Report on vaccination in the Province of Bengal - 1874-1889
Year: 1874
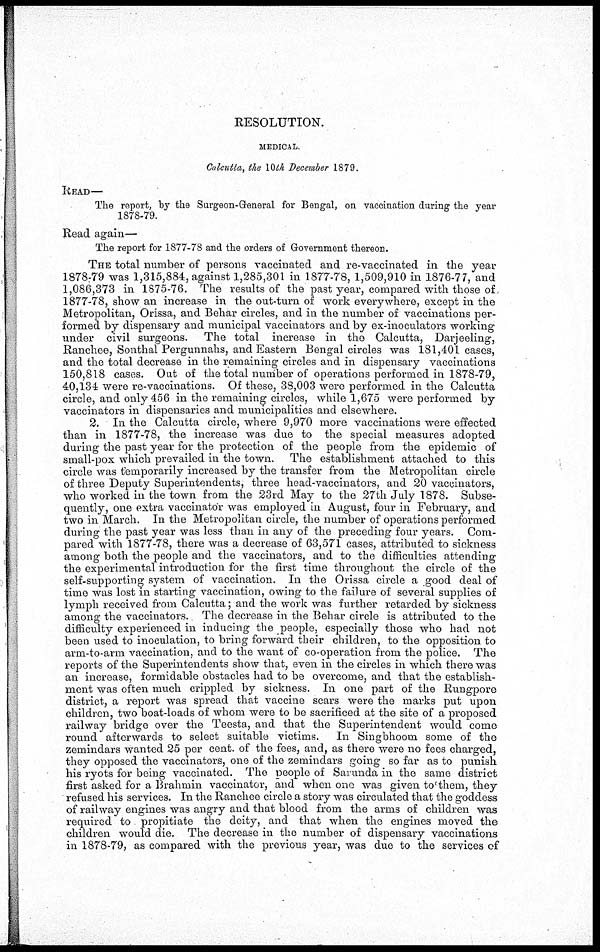
RESOLUTION.
MEDICAL.
Calcutta, the 10th December 1879.
READ—
The report, by the Surgeon-General for Bengal, on vaccination during the year
1878-79.
Read again—
The report for 1877-78 and the orders of Government thereon.
THE total number of persons vaccinated and re-vaccinated in the year
1878-79 was 1,315,884, against 1,285,301 in 1877-78, 1,509,910 in 1876-77, and
1,086,373 in 1875-76. The results of the past year, compared with those of
1877-78, show an increase in the out-turn of work every where, except in the
Metropolitan, Orissa, and Behar circles, and in the number of vaccinations per-
formed by dispensary and municipal vaccinators and by ex-inoculators working
under civil surgeons. The total increase in the Calcutta, Darjeeling,
Ranchee, Sonthal Pergunnahs, and Eastern Bengal circles was 181,401 cases,
and the total decrease in the remaining circles and in dispensary vaccinations
150,818 cases. Out of the total number of operations performed in 1878-79,
40,134 were re-vaccinations. Of these, 38,003 were performed in the Calcutta
circle, and only 456 in the remaining circles, while 1,675 were performed by
vaccinators in dispensaries and municipalities and elsewhere.
2. In the Calcutta circle, where 9,970 more vaccinations were effected
than in 1877-78, the increase was due to the special measures adopted
during the past year for the protection of the people from the epidemic of
small-pox which prevailed in the town. The establishment attached to this
circle was temporarily increased by the transfer from the Metropolitan circle
of three Deputy Superintendents, three head-vaccinators, and 20 vaccinators,
who worked in the town from the 23rd May to the 27th July 1878. Subse-
quently, one extra vaccinator was employed in August, four in February, and
two in March. In the Metropolitan circle, the number of operations performed
during the past year was less than in any of the preceding four years. Com-
pared with 1877-78, there was a decrease of 63,571 cases, attributed to sickness
among both the people and the vaccinators, and to the difficulties attending
the experimental introduction for the first time throughout the circle of the
self-supporting system of vaccination. In the Orissa circle a good deal of
time was lost in starting vaccination, owing to the failure of several supplies of
lymph received from Calcutta; and the work was further retarded by sickness
among the vaccinators. The decrease in the Behar circle is attributed to the
difficulty experienced in inducing the people, especially those who had not
been used to inoculation, to bring forward their children, to the opposition to
arm-to-arm vaccination, and to the want of co-operation from the police. The
reports of the Superintendents show that, even in the circles in which there was
an increase, formidable obstacles had to be overcome, and that the establish-
ment was often much crippled by sickness. In one part of the Rungpore
district, a report was spread that vaccine scars were the marks put upon
children, two boat-loads of whom were to be sacrificed at the site of a proposed
railway bridge over the Teesta, and that the Superintendent would come
round afterwards to select suitable victims. In Singbhoom some of the
zemindars wanted 25 per cent. of the fees, and, as there were no fees charged,
they opposed the vaccinators, one of the zemindars going so far as to punish
his ryots for being vaccinated. The people of Sarunda in the same district
first asked for a Brahmin vaccinator, and when one was given to them, they
refused his services. In the Ranchee circle a story was circulated that the goddess
of railway engines was angry and that blood from the arms of children was
required to propitiate the deity, and that when the engines moved the
children would die. The decrease in the number of dispensary vaccinations
in 1878-79, as compared with the previous year, was due to the services of